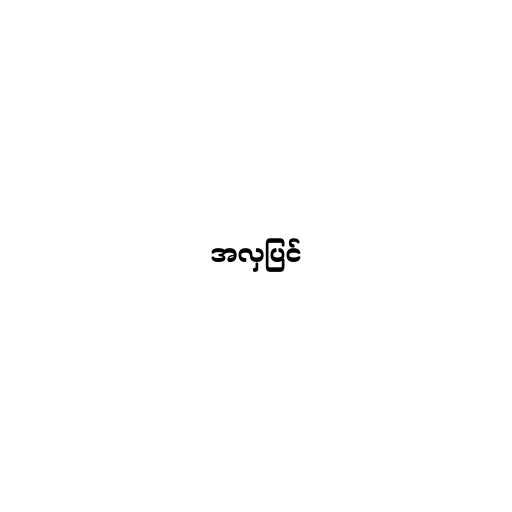
အလှပြင်